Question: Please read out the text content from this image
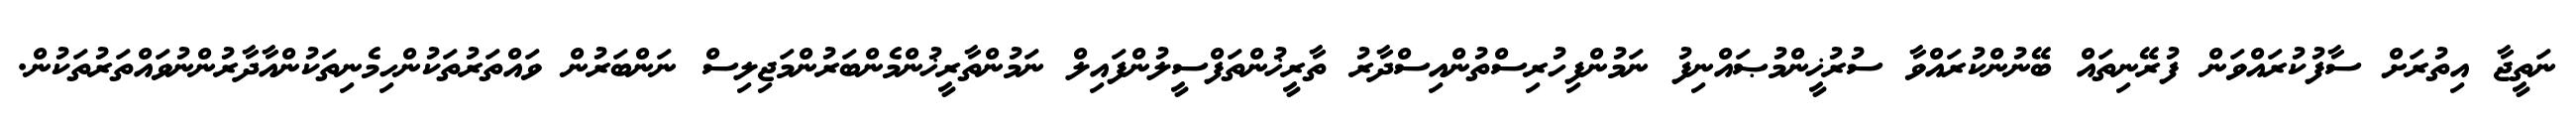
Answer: ނަތީޖާ އިތުރަށް ސާފުކުރައްވަން ފުރޭނިތައް ބޭނުންކުރައްވާ ސުރުޚީންމުޞައްނިފު ނަމުންފިހުރިސްތުންއިސްދާރު ތާރީޚުންތަފްސީލުންފައިލް ނަމުންތާރީޚުންމެންބަރުންމަޖިލިސް ނަންބަރުން ވައްތަރުތަކުންހިމެނިތަކުންއާދާރުންނުވައްތަރުތަކުން.